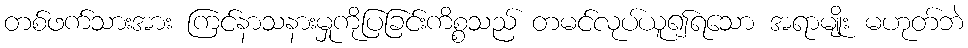
တစ်ဖက်သားအား ကြင်နာသနားမှုကိုပြခြင်းကိစ္စသည် တမင်လုပ်ယူ၍ရသော အရာမျိုး မဟုတ်ဘဲ